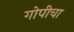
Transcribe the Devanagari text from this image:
गोपीचा